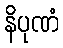
နိပုဏံ